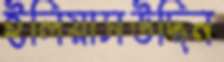
ইলিয়াসউদ্দিন